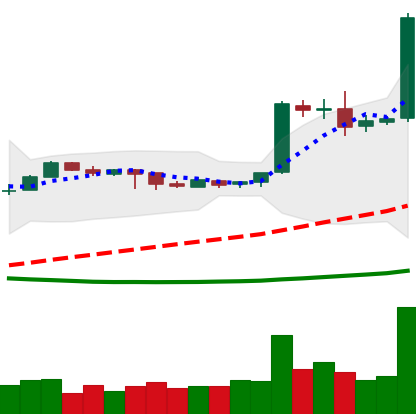
Ticker: EOS-USD
Chart end date: 2019-04-02
Forward return: 8.469%
Label: up_7plus